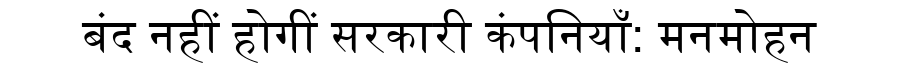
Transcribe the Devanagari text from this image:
बंद नहीं होगीं सरकारी कंपनियाँ: मनमोहन